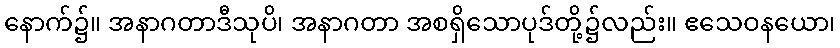
နောက်၌။ အနာဂတာဒီသုပိ၊ အနာဂတာ အစရှိသောပုဒ်တို့၌လည်း။ ဧသေဝနယော၊